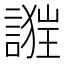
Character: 𧪴